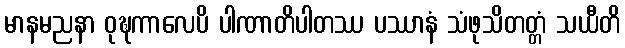
မာနမညနာ ဝုဍ္ဎကာလေပိ ပါဏာတိပါတဿ ပဿာနံ သံဖုသိတတ္တံ သယီတိ